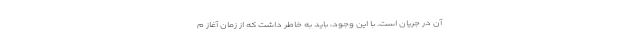
آن در جریان است. با این وجود، باید به خاطر داشت که از زمان آغاز م